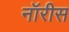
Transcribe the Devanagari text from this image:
नॉरीस